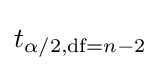
t_{\alpha /2,{\text{df}}=n-2}